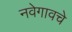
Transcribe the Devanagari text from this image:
नवेगावचे